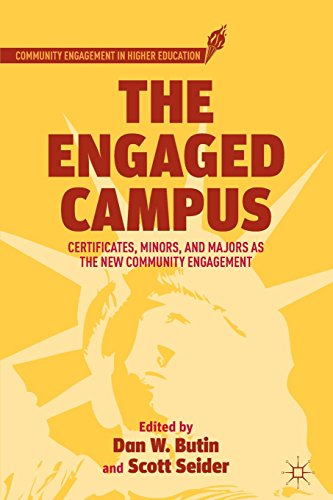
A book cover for The Engaged Campus: Certificates, Minors, and Majors as the New Community Engagement (Community Engagement in Higher Education); Education & Teaching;